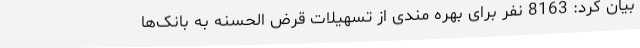
بیان کرد: 8163 نفر برای بهره مندی از تسهیلات قرض الحسنه به بانک‌ها